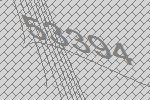
53394